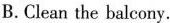
B.Clean the balcony.